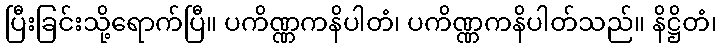
ပြီးခြင်းသို့ရောက်ပြီ။ ပကိဏ္ဏကနိပါတံ၊ ပကိဏ္ဏကနိပါတ်သည်။ နိဋ္ဌိတံ၊